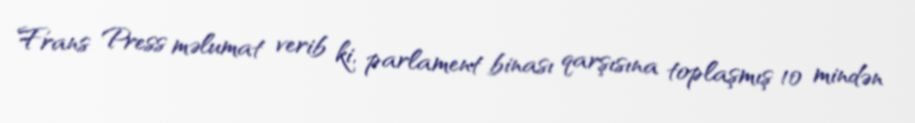
Frans Press məlumat verib ki, parlament binası qarşısına toplaşmış 10 mindən